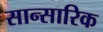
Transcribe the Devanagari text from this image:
सान्सारिक